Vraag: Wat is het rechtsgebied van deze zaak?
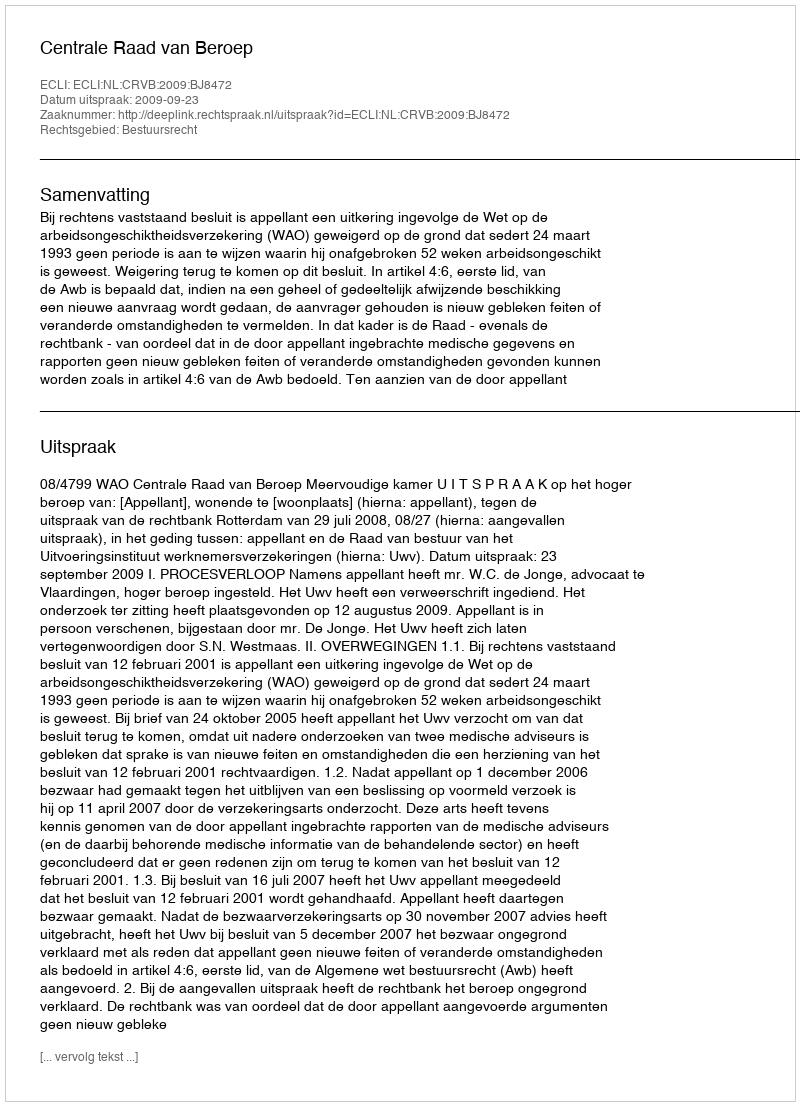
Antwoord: Bestuursrecht